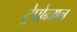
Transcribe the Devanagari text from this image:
ट्रेपोन्मल